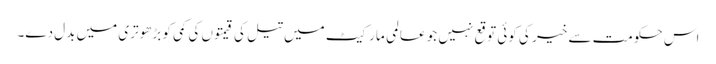
اس حکومت سے خیر کی کوئی توقع نہیں جو عالمی مارکیٹ میں تیل کی قیمتوں کی کمی کو بڑھوتری میں بدل دے۔